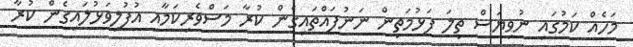
މަހެއް ކަމުގައި ނުވިޔަސް ތިލަ ފަޅުމަތިން ނަނުފައްތައިގެން ކުރާ މަސްވެރިކަމާއި އުފުލިވަޅުލައިގެން ކުރާ